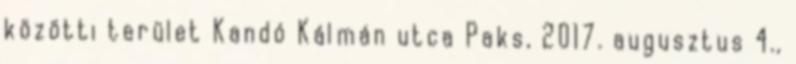
közötti terület Kandó Kálmán utca Paks, 2017. augusztus 4.,